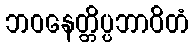
ဘဝနေတ္တိပ္ပဘာဝိတံ